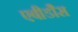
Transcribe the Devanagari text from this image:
एबीडौस